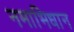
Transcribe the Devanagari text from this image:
नमाभिधान